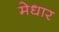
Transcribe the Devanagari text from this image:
मेधार